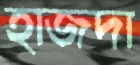
হাজদা